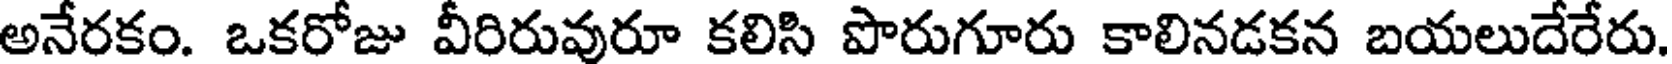
అనేరకం. ఒకరోజు వీరిరువురూ కలిసి పొరుగూరు కాలినడకన బయలుదేరేరు